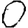
Digit: 0